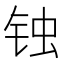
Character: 𰽶